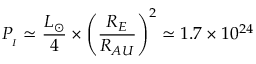
P _ { _ { I } } \simeq \frac { L _ { \odot } } { 4 } \times \left( \frac { R _ { E } } { R _ { A U } } \right) ^ { 2 } \simeq 1 . 7 \times 1 0 ^ { 2 4 }